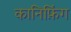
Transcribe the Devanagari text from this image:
कानिफ़िंग